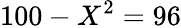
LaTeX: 100-X^{2}=96